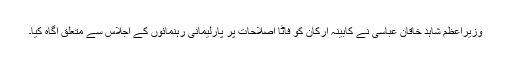
وزیراعظم شاہد خاقان عباسی نے کابینہ ارکان کو فاٹا اصلاحات پر پارلیمانی رہنمائوں کے اجلاس سے متعلق آگاہ کیا۔